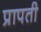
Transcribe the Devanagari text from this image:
प्रापती